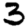
Digit: 3